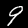
Digit: 9